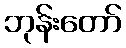
ဘုန်းတော်